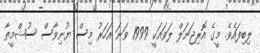
ލިބިފައެވެ. މީގެ އޮރިޖަނަލް ލަވައަކީ 1999 ވަނަ އަހަރު މިސް ޔުނިވާސް ސުޝްމީތާ